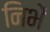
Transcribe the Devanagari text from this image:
निभें